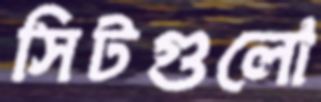
সিটগুলো